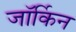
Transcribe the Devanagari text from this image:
जॉर्किन